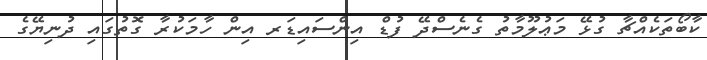
ކާބޯތަކެއްޗާ ގުޅޭ މަޢުލޫމާތު ގެނެސްދޭ ފުޑް އިންސައިޑަރ އިން ހާމަކުރާ ގޮތުގައި ދުނިޔޭގެ